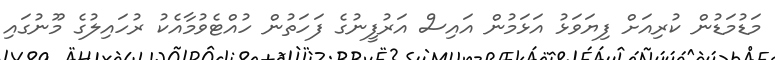
މަޑުމަޑުން ކުރިއަށް ފިޔަވަޅު އަޅަމުން އައިސް އަރުފީނުގެ ފަހަތުން ހުއްޓެވުމާއެކު ރުހައިލުގެ މޫނުގައި